Lunatic asylums in Bengal annual reports 1912-1924 - 1912-1924
Year: 1912
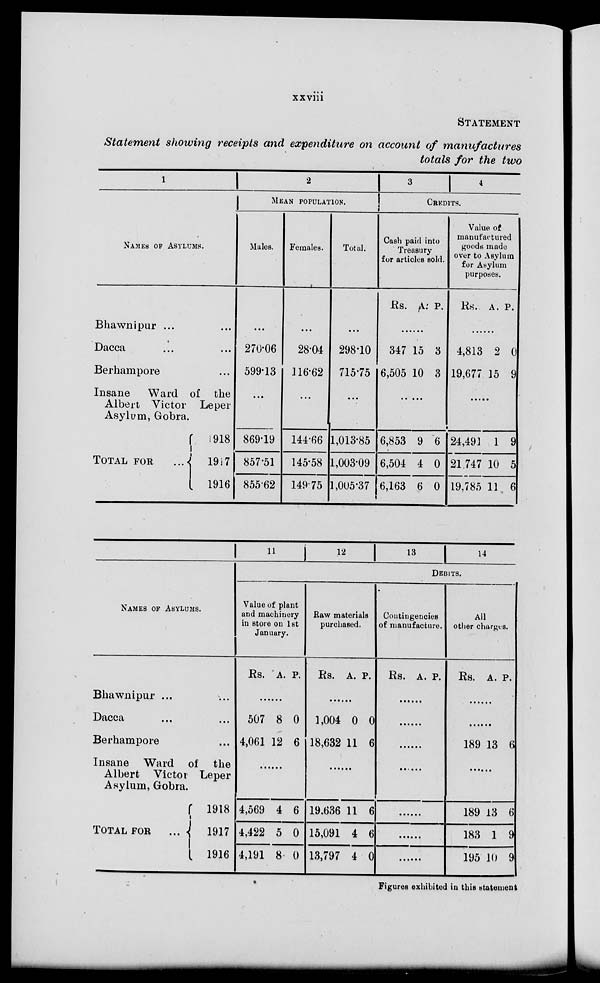
xxviii
STATEMENT
Statement showing receipts and expenditure on account of manufactures
totals for the two
1
NAMES OF ASYLUMS.
Bhawnipur ... ...
Dacca
...
...
Berhampore ...
Insane
Ward of the
Albert Victor Leper
Asylum, Gobra.
TOTAL FOR
...
1918
1917
1916
2
MEAN POPULATION.
Males.
...
270.06
599.13
...
869.19
857.51
855.62
Females.
...
2804
116.62
...
144.66
145.58
149.75
Total.
...
298.10
715.75
...
1,013.85
1,003.09
1,005.37
3
4
CREDITS.
Cash paid into
Treasury
for articles sold.
Rs. A. P.
......
347
6,505
15
10
3
3
......
6,853
6,504
6,163
9
4
6
6
0
0
Value of
manufactured
goods made
over to Asylum
for Asylum
purposes.
Rs. A. P.
......
4,813
19,677
9
15
0
9
...
24,491
21,747
19,785
1
10
11
9
5
6
NAMES OF ASYLUMS.
Bhawnipur ... ...
Dacca ... ...
Berhampore ...
Insane Ward of the
Albert Victor Leper
Asylum, Gobra.
TOTAL FOR
...
1918
1917
1916
11
12 13
14
DEBITS.
Value of plant
and machinery
in store on 1st
January.
Rs. A. P.
......
507
4,061
8
12
0
6
......
4,569
4,422
4,191
4
5
8
6
0
0
Raw materials
purchased.
Rs. A. P.
......
1,004
18,632
0
11
0
6
......
19,636
15,091
13,797
11
4
4
6
6
0
Contingencies
of manufacture.
Rs. A. P.
......
......
......
......
......
......
......
All
other charges.
Rs. A. P.
......
......
189 13 6
......
189
183
195
13
1
10
6
9
9
Figures exhibited in this statement